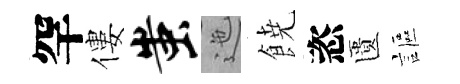
罕僂蚩迤𩜙恣匱謳